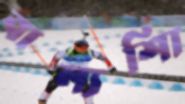
বাল্যশিা